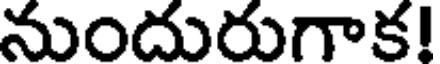
నుందురుగాక!